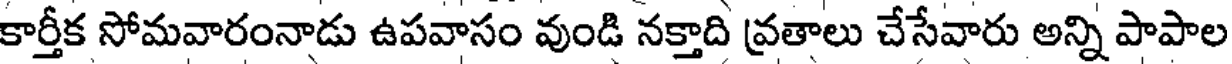
కార్తీక సోమవారంనాడు ఉపవాసం వుండి నక్తాది వ్రతాలు చేసేవారు అన్ని పాపాల